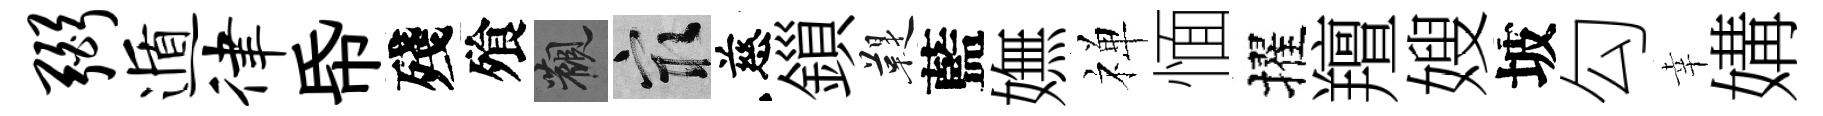
弼遁律帋殘飱觀冣慈鎻鞮藍嫵禅愐擢羶嫂坡勾幸媾